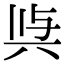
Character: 𭁉